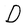
Character: D